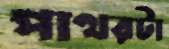
পাথরটা